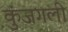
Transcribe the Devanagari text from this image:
कुंजगली